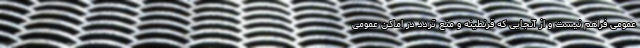
عمومی فراهم نیست و از آنجایی که قرنطینه و منع تردد در اماکن عمومی